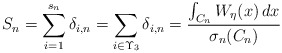
\begin{align*}S_{n}=\sum_{i=1}^{s_{n}}\delta _{i,n}=\sum_{i\in \Upsilon _{3}}\delta _{i,n}=\frac{\int_{C_{n}}W_{\eta }(x)\,dx}{\sigma _{n}(C_{n})} \end{align*}